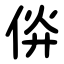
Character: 㑞